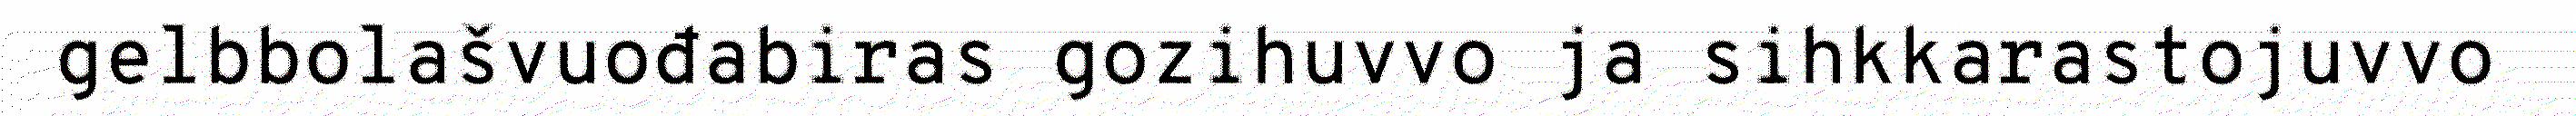
gelbbolašvuođabiras gozihuvvo ja sihkkarastojuvvo